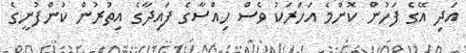
އަދި އޭގެ ފަހުން ކޮންމެ އަހަރަކު ވެސް ހިއްސާގެ ފައިދާގެ އިތުރުން ކުންފުނީގެ